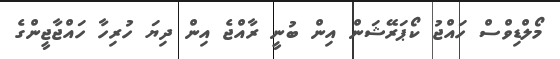
މޯލްޑިވްސް ހައްޖު ކޯޕަރޭޝަން އިން ބުނީ ރާއްޖެ އިން ދިޔަ ހުރިހާ ހައްޖާޖީންގެ